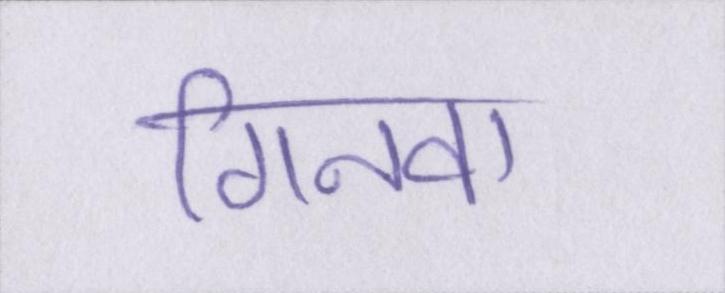
गिनवा